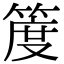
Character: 𥯖